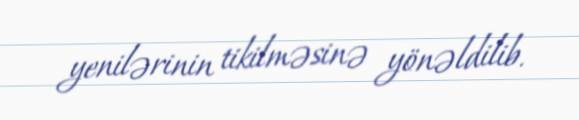
yenilərinin tikilməsinə yönəldilib.